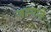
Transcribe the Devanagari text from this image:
जह्गाने